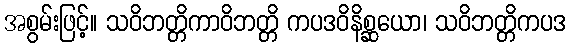
အစွမ်းဖြင့်။ သဝိဘတ္တိကာဝိဘတ္တိ ကပဒဝိနိစ္ဆယော၊ သဝိဘတ္တိကပဒ